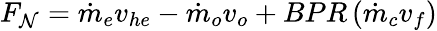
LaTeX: F_{\mathcal{N}}={\dot{{m}}}_{e}v_{he}-{\dot{{m}}}_{o}v_{o}+BPR\, ({\dot{{m}}}_{c}v_{f})